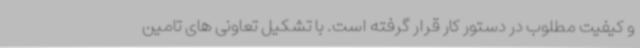
و کیفیت مطلوب در دستور کار قرار گرفته است. با تشکیل تعاونی های تامین